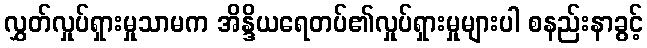
လွှတ်လှုပ်ရှားမှုသာမက အိန္ဒိယရေတပ်၏လှုပ်ရှားမှုများပါ စနည်းနာခွင့်